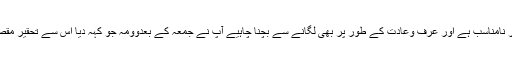
قابل احترام الفاظ کے لیے بطور تحقیر مہمل لفظ کا لاحقہ لگانا خلاف ادب ہے اور نامناسب ہے اور عرف وعادت کے طور پر بھی لگانے سے بچنا چاہیے آپ نے جمعہ کے بعدوومہ جو کہہ دیا اس سے تحقیر مقصود نہیں تھی بلکہ بطور عادت زبان پر آگیا لہٰذا امید ہے کہ اس سے گناہ نہ ہوگا۔